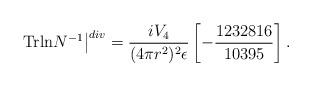
LaTeX: \begin{align*}\left.{\rm Trln}N^{-1}\right\vert^{div}=\frac{iV_{4}}{(4\pi r^{2})^{2}\epsilon}\left[-\frac{1232816}{10395}\right].\end{align*}